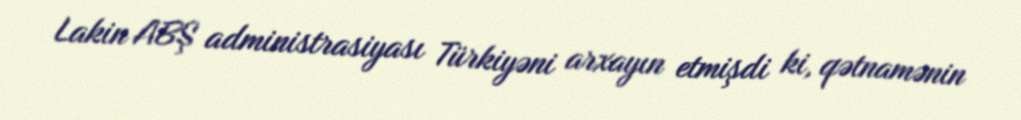
Lakin ABŞ administrasiyası Türkiyəni arxayın etmişdi ki, qətnamənin